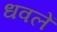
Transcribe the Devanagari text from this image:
धवलें